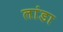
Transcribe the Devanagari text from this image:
लांडा